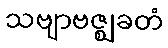
သဗျာဗဇ္ဈခတံ